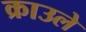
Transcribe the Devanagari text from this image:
क्राउले